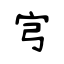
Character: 宆